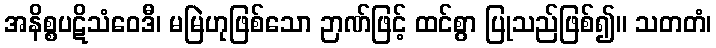
အနိစ္စပဋိသံဝေဒီ၊ မမြဲဟုဖြစ်သော ဉာဏ်ဖြင့် ထင်စွာ ပြုသည်ဖြစ်၍။ သတတံ၊